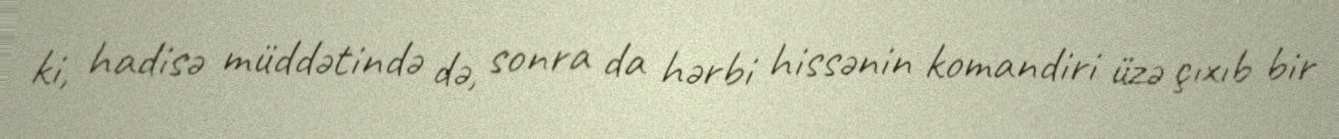
ki, hadisə müddətində də, sonra da hərbi hissənin komandiri üzə çıxıb bir